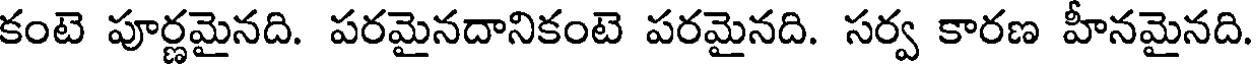
కంటె పూర్ణమైనది. పరమైనదానికంటె పరమైనది. సర్వ కారణ హీనమైనది